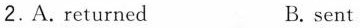
2.A. Returned B. sent